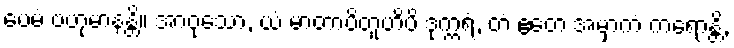
ပေမံ ဗဟုမာနန္တိ။ အာဝုသော, ယံ မာတာပိတူဟိပိ ဒုက္ကရံ, တံ ဧတေ အမှာကံ ကရောန္တိ,